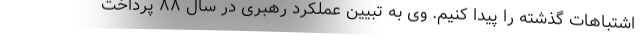
اشتباهات گذشته را پیدا کنیم. وی به تبیین عملکرد رهبری در سال ۸۸ پرداخت